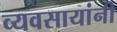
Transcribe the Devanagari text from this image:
व्यवसायांनी